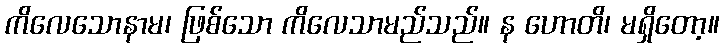
ကိလေသောနာမ၊ ဖြစ်သော ကိလေသာမည်သည်။ န ဟောတိ၊ မရှိတော့။